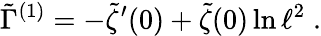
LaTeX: \tilde{\Gamma}^{(1)}=-\tilde{\zeta}^{\prime}(0)+\tilde{\zeta}(0)\ln\ell^{2}\; .